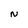
Character: N